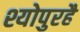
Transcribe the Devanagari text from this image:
श्योपुरहै